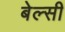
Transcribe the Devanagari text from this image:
बेल्सी